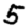
Digit: 5